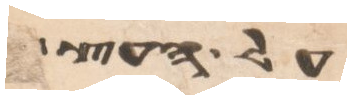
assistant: על העץ